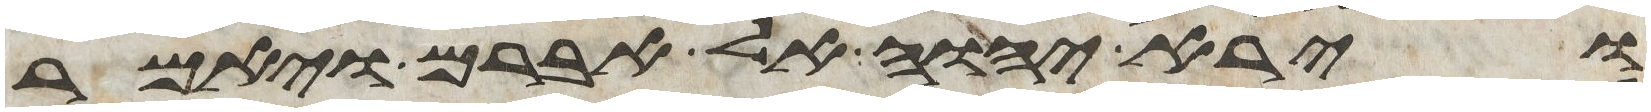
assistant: וירא יהוה אל אברם ויאמר